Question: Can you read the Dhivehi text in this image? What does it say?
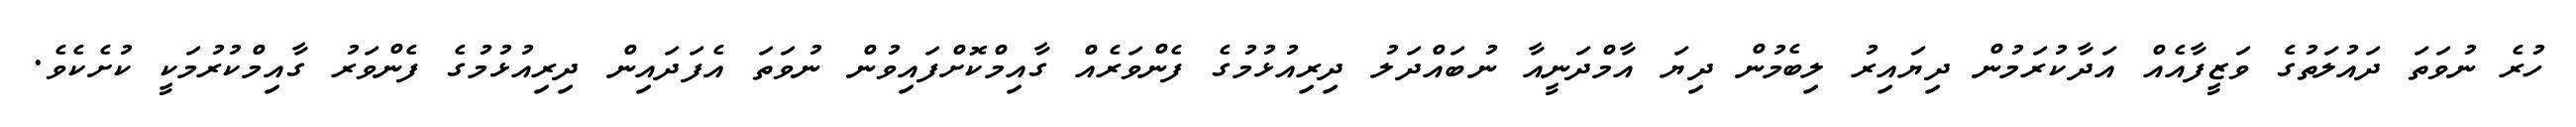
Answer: ހުރެ ނުވަތަ ދައުލަތުގެ ވަޒީފާއެއް އަދާކުރަމުން ދިޔައިރު ލިބެމުން ދިޔަ އާމްދަނީއާ ނުބައްދަލު ދިރިއުޅުމުގެ ފެންވަރެއް ގާއިމްކޮށްފައިވުން ނުވަތަ އެފަދައިން ދިރިއުޅުމުގެ ފެންވަރު ގާއިމްކުރުމަކީ ކުށެކެވެ.